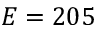
E = 2 0 5